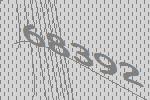
68392